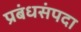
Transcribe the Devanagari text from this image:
प्रबंधसंपदा